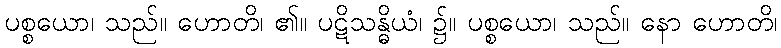
ပစ္စယော၊ သည်။ ဟောတိ၊ ၏။ ပဋိသန္ဓိယံ၊ ၌။ ပစ္စယော၊ သည်။ နော ဟောတိ၊